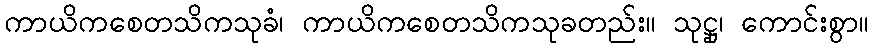
ကာယိကစေတသိကသုခံ၊ ကာယိကစေတသိကသုခတည်း။ သုဋ္ဌု၊ ကောင်းစွာ။